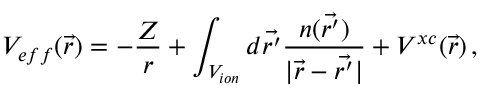
V _ { e f f } ( \vec { r } ) = - \frac { Z } { r } + \int _ { V _ { i o n } } d \vec { r ^ { \prime } } \frac { n ( \vec { r ^ { \prime } } ) } { | \vec { r } - \vec { r ^ { \prime } } | } + V ^ { x c } ( \vec { r } ) \, ,